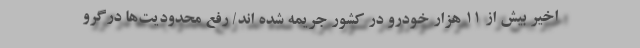
اخیر بیش از ۱۱ هزار خودرو در کشور جریمه شده اند/ رفع محدودیت‌ها درگرو